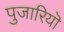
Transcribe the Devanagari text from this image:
पुजारियॊ